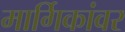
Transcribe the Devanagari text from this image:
मार्गिकांवर